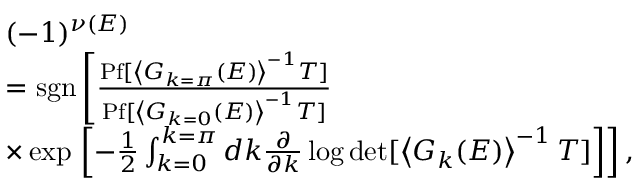
\begin{array} { r l } & { ( - 1 ) ^ { \nu ( E ) } } \\ & { = \mathrm { s g n } \left[ \frac { \mathrm { P f } [ \left< G _ { k = \pi } ( E ) \right> ^ { - 1 } T ] } { \mathrm { P f } [ \left< G _ { k = 0 } ( E ) \right> ^ { - 1 } T ] } \right. } \\ & { \times \exp \left. \left[ - \frac { 1 } { 2 } \int _ { k = 0 } ^ { k = \pi } d k \frac { \partial } { \partial k } \log \operatorname* { d e t } [ \left< G _ { k } ( E ) \right> ^ { - 1 } T ] \right] \right] , } \end{array}